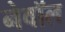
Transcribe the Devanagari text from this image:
नेवॉल